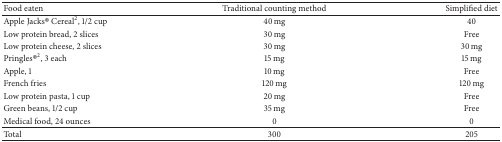
<table><thead><tr><td><b>Food eaten</b></td><td><b>Traditional counting method</b></td><td><b>Simplified diet </b></td></tr></thead><tbody><tr><td>Apple Jacks® Cereal<sup>2</sup>, 1/2 cup</td><td>40 mg</td><td>40</td></tr><tr><td>Low protein bread, 2 slices</td><td>30 mg</td><td>Free</td></tr><tr><td>Low protein cheese, 2 slices</td><td>30 mg</td><td>30 mg</td></tr><tr><td>Pringles®<sup>2</sup>, 3 each</td><td>15 mg</td><td>15 mg</td></tr><tr><td>Apple, 1</td><td>10 mg</td><td>Free</td></tr><tr><td>French fries</td><td>120 mg</td><td>120 mg</td></tr><tr><td>Low protein pasta, 1 cup</td><td>20 mg</td><td>Free</td></tr><tr><td>Green beans, 1/2 cup</td><td>35 mg</td><td>Free</td></tr><tr><td>Medical food, 24 ounces</td><td>0</td><td>0</td></tr><tr><td>Total</td><td>300</td><td>205</td></tr></tbody></table>